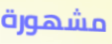
مشهورة